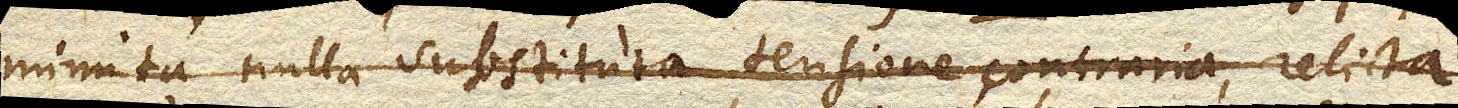
minuta nulla substituta tensione contraria, relicta.